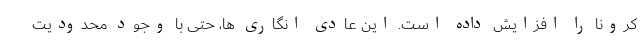
کرونا را افزایش داده است. این عادی انگاری ها، حتی با وجود محدودیت